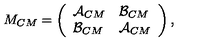
M _ { C M } = \left( \begin{array} { l l } { \mathcal { A } _ { C M } } & { \mathcal { B } _ { C M } } \\ { \mathcal { B } _ { C M } } & { \mathcal { A } _ { C M } } \\ \end{array} \right) ,